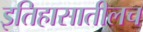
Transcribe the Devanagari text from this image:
इतिहासातीलच